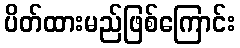
ပိတ်ထားမည်ဖြစ်ကြောင်း